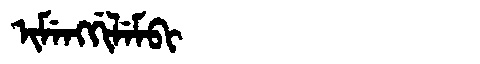
Manchu: ᡳᠮᡝᠩᡤᡳᠯᡝᠮᠪᡳ
Romanization: IMENGGILEMBI